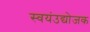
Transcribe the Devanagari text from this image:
स्वयंउद्योजक